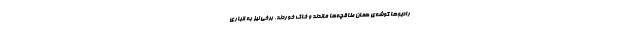
رادیوها گوشه‌ی همان طاقچه‌ها ماندند و خاک خوردند. برخی نیز به انباری